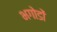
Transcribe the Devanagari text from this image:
भगोडों